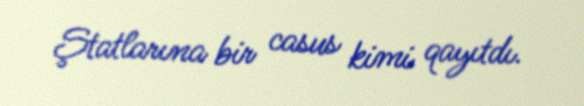
Ştatlarına bir casus kimi qayıtdı.